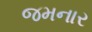
જમનાર